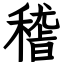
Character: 𥡴